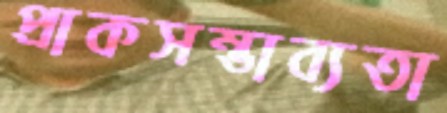
প্রাকসম্ভাব্যতা